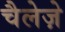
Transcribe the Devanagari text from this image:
चैलेज़े